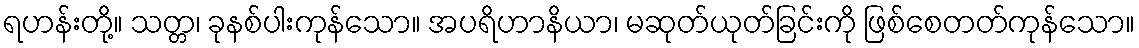
ရဟန်းတို့။ သတ္တ၊ ခုနစ်ပါးကုန်သော။ အပရိဟာနိယာ၊ မဆုတ်ယုတ်ခြင်းကို ဖြစ်စေတတ်ကုန်သော။